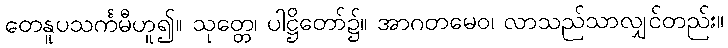
တေနူပသင်္ကမီဟူ၍။ သုတ္တေ၊ ပါဋ္ဌိတော်၌။ အာဂတမေဝ၊ လာသည်သာလျှင်တည်း။